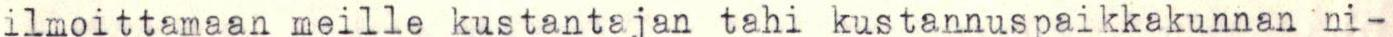
ilmoittamaan meille kustantajan tahi kustannuspaikkakunnan ni-